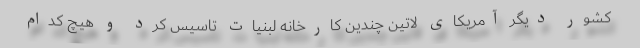
کشور دیگر آمریکای لاتین چندین کارخانه لبنیات تاسیس کرد و هیچ کدام